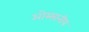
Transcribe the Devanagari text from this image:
ओस्सानीय